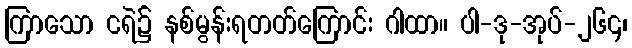
ကြာသော ငရဲ၌ နစ်မွန်းရတတ်ကြောင်း ဂါထာ။ ပါ-ဒု-အုပ်-၂၆၄၊